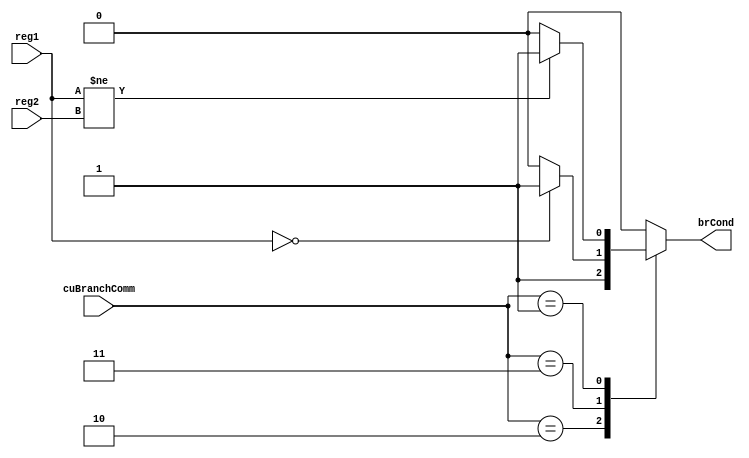
module condition_Checker (reg1, reg2, cuBranchComm, brCond);
  input [31: 0] reg1, reg2;
  input [1:0] cuBranchComm;
  output reg brCond;

  always @ ( * ) begin
    case (cuBranchComm)
      2'b10: brCond <= 1;
      2'b11: brCond <= (reg1 == 0) ? 1 : 0;
      2'b01: brCond <= (reg1 != reg2) ? 1 : 0;
      default: brCond <= 0;
    endcase
  end
endmodule